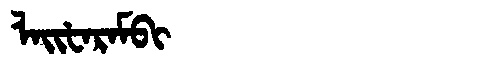
Manchu: ᠯᠠᡳᡶᠠᡵᠠᠮᠪᡳ
Romanization: LAIFARAMBI